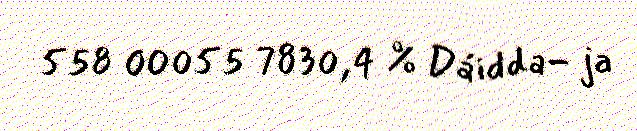
558 00055 7830,4 % Dáidda- ja